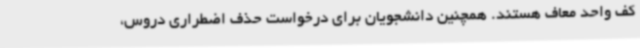
کف واحد معاف هستند. همچنین دانشجویان برای درخواست حذف اضطراری دروس،